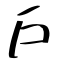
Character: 戶